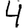
Digit: 4